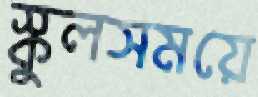
স্কুলসময়ে